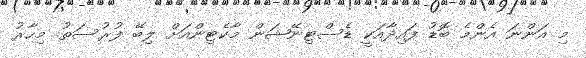
މި އަންނަ އެންމެ ބޮޑު ފައިދާއަކީ ޑެސްޓިނޭޝަން މާކެޓިންއަށް ލިބޭ ފުރުސަތު. މިހާރު